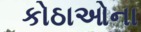
કોઠાઓના